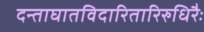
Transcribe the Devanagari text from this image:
दन्ताघातविदारितारिरुधिरैः